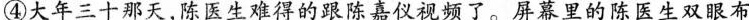
④大年三十那天，陈生难得的跟陈嘉仪视频了。屏笨里的陈医生双眼布